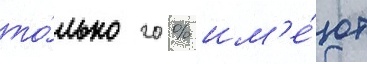
то́лько 20 % им'е́ют